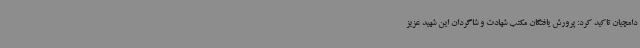
دامچیان تاکید کرد: پرورش یافتگان مکتب شهادت و شاگردان این شهید عزیز